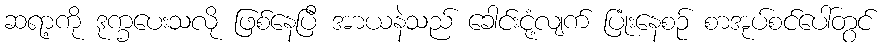
ဆရာ့ကို ဒုက္ခပေးသလို ဖြစ်နေပြီ အာယနဲသည် ခေါင်းငုံ့လျက် ပြုံးနေစဉ် စာအုပ်စင်ပေါ်တွင်